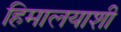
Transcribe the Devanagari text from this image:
हिमालयाशी